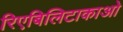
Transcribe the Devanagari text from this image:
रिएबिलिटाकाओ